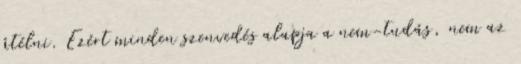
átélni. Ezért minden szenvedés alapja a nem-tudás, nem az